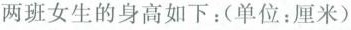
两班女生的身高如下：(单位：厘米)